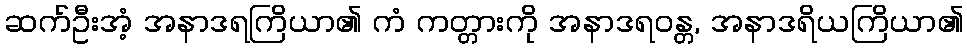
ဆက်ဦးအံ့ အနာဒရကြိယာ၏ ကံ ကတ္တားကို အနာဒရဝန္တ, အနာဒရိယကြိယာ၏